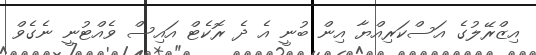
އިޒްރޭލުގެ އަސްކަރިއްޔާ އިން ބުނީ އެ ދެ ރޮކެޓް އައިސް ވެއްޓުނީ ނެގެވް